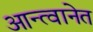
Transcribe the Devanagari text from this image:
आन्त्वानेत